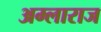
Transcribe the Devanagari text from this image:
अम्लाराज